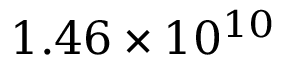
1 . 4 6 \times 1 0 ^ { 1 0 }